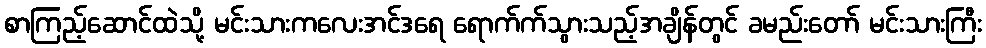
စာကြည့်ဆောင်ထဲသို့ မင်းသားကလေးအင်ဒရေ ရောက်က်သွားသည့်အချိန်တွင် ခမည်းတော် မင်းသားကြီး